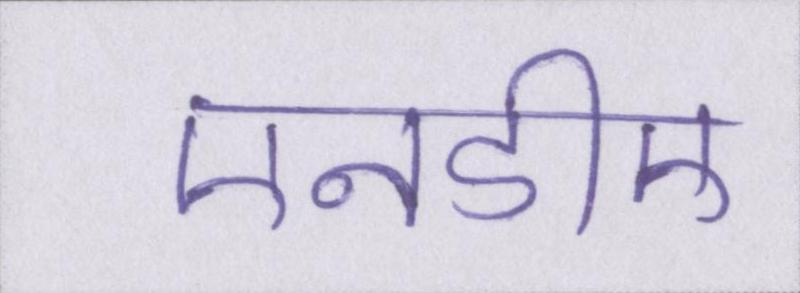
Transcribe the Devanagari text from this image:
एनडीए